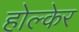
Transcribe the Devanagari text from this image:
होल्केर